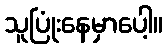
သူပြုံးနေမှာပေါ့။